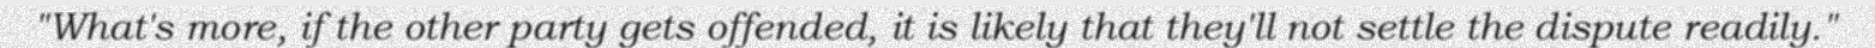
"What's more, if the other party gets offended, it is likely that they'll not settle the dispute readily."